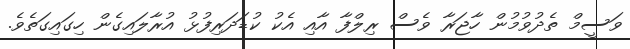
ވަސީމް ތެދުވުމުން ހާޖަރާ ވެސް ރިލްފާ އާއި އެކު ކުޑަދަރިފުޅު އުރާލައިގެން ހިގައިގަތެވެ.